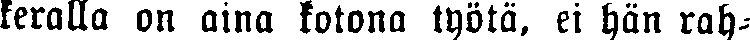
keralla on aina kotona työtä, ei hän rah-